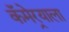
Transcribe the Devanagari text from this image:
कॅमेर्‍याला